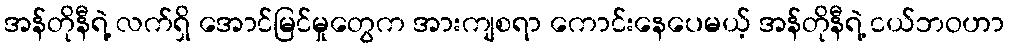
အန်တိုနီရဲ့ လက်ရှိ အောင်မြင်မှုတွေက အားကျစရာ ကောင်းနေပေမယ့် အန်တိုနီရဲ့ ငယ်ဘဝဟာ